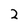
Character: 2